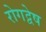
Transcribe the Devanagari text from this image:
रोगद्वेष